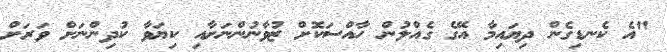
"އެ ކެނޑިގެން ދިޔައިމާ އޭގެ ގެއްލުން ހާއްސަކޮށް ޒުވާނުންނަށާއި ކިޔަވާ ކުދިންނަށް ވަރަށް